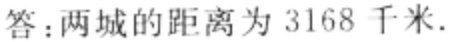
答：两城的距离为 \(3168\) 千米.